Mental hospitals Bombay report 1929-33 - 1929-1933
Year: 1929
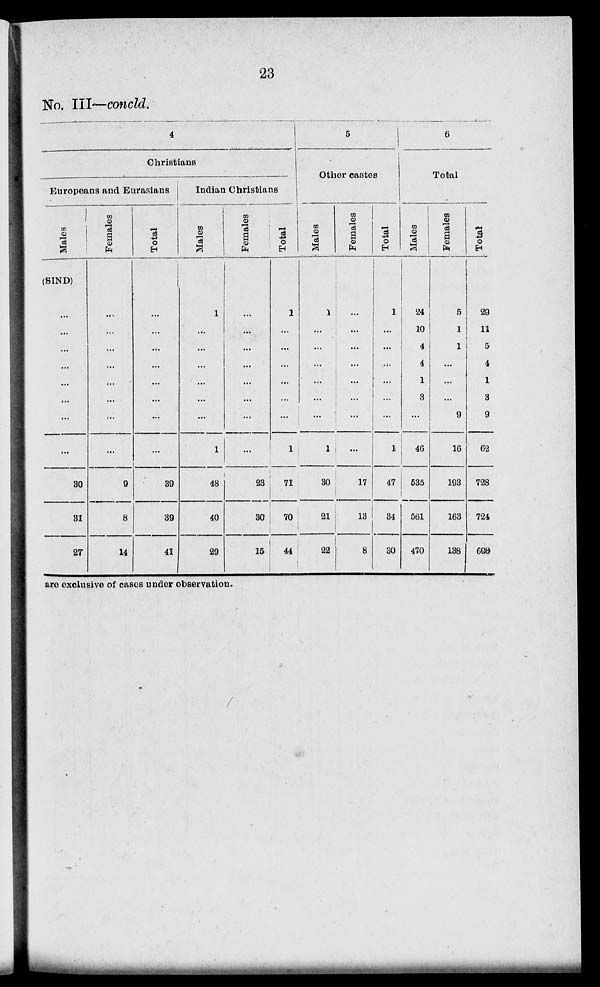
23
No. III—concld.
4
Christians
Europeans and Eurasians
Males
(SIND)
...
...
...
...
...
...
...
...
30
31
27
Females
...
...
...
...
...
...
...
...
9
8
14
Total
...
...
...
...
...
...
...
...
39
39
41
Indian Christians
Males
1
...
...
...
...
...
1
48
40
29
Females
...
...
...
...
...
...
...
...
23
30
15
Total
1
...
...
...
...
...
...
1
71
70
44
5
Other castes
Males
1
...
...
...
...
...
...
1
30
21
22
Females
...
...
...
...
...
...
...
...
17
13
8
Total
1
...
...
...
...
...
...
1
47
34
30
6
Total
Males
24
10
4
4
1
3
...
46
535
561
470
Females
5
1
1
...
...
...
9
16
193
163
138
Total
29
11
5
4
1
3
9
62
728
724
608
are exclusive of cases under observation.